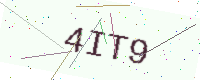
Text: 4IT9